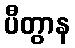
ပီတွာန